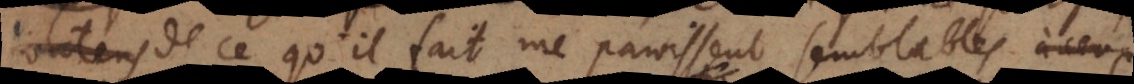
contens de ce qu’il fait me paroissent semblables